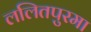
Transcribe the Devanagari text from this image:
ललितपुरमा